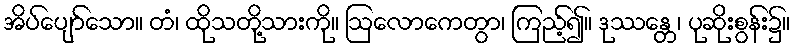
အိပ်ပျော်သော။ တံ၊ ထိုသတို့သားကို။ ဩလောကေတွာ၊ ကြည့်၍။ ဒုဿန္တေ၊ ပုဆိုးစွန်း၌။